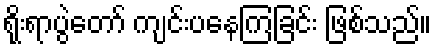
ရိုးရာပွဲတော် ကျင်းပနေကြခြင်း ဖြစ်သည်။